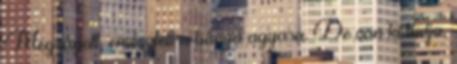
Megrágott, emésztett a bánya agyara. De van ki tudja,